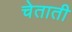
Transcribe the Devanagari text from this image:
चेताती